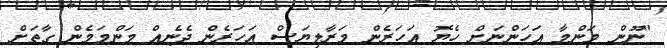
"ނޫން މަންމާ އަހަންނަށް ހެޔޮ އަހަރެން މަރާލިޔަސް އަހަރެން ދެނެއް މަންމަމެން ގާތަށް